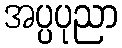
အပ္ပပုညာ